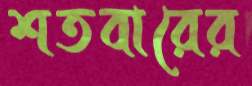
শতবারের